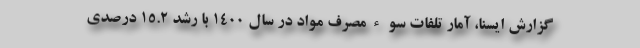
گزارش ایسنا، آمار تلفات سوءمصرف مواد در سال ۱۴۰۰ با رشد ۱۵.۲ درصدی